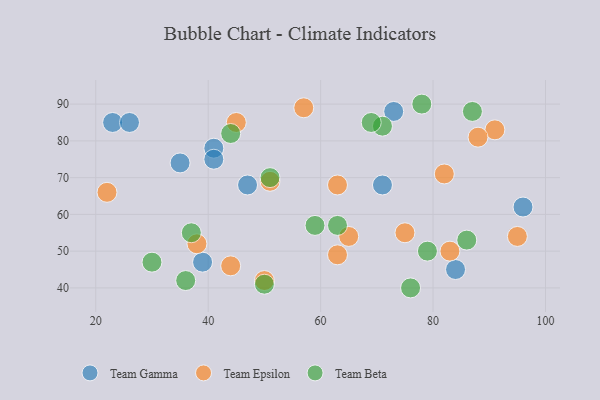
{"axis": {"x": "GDP", "y": "Life Expectancy"}, "legend": ["Team Beta", "Team Epsilon", "Team Gamma"], "data": [{"x": "47", "y": 68, "type": "Team Gamma"}, {"x": "41", "y": 78, "type": "Team Gamma"}, {"x": "71", "y": 68, "type": "Team Gamma"}, {"x": "39", "y": 47, "type": "Team Gamma"}, {"x": "35", "y": 74, "type": "Team Gamma"}, {"x": "84", "y": 45, "type": "Team Gamma"}, {"x": "73", "y": 88, "type": "Team Gamma"}, {"x": "96", "y": 62, "type": "Team Gamma"}, {"x": "23", "y": 85, "type": "Team Gamma"}, {"x": "26", "y": 85, "type": "Team Gamma"}, {"x": "41", "y": 75, "type": "Team Gamma"}, {"x": "38", "y": 52, "type": "Team Epsilon"}, {"x": "63", "y": 49, "type": "Team Epsilon"}, {"x": "75", "y": 55, "type": "Team Epsilon"}, {"x": "45", "y": 85, "type": "Team Epsilon"}, {"x": "91", "y": 83, "type": "Team Epsilon"}, {"x": "88", "y": 81, "type": "Team Epsilon"}, {"x": "44", "y": 46, "type": "Team Epsilon"}, {"x": "82", "y": 71, "type": "Team Epsilon"}, {"x": "95", "y": 54, "type": "Team Epsilon"}, {"x": "63", "y": 68, "type": "Team Epsilon"}, {"x": "50", "y": 42, "type": "Team Epsilon"}, {"x": "65", "y": 54, "type": "Team Epsilon"}, {"x": "22", "y": 66, "type": "Team Epsilon"}, {"x": "51", "y": 69, "type": "Team Epsilon"}, {"x": "57", "y": 89, "type": "Team Epsilon"}, {"x": "83", "y": 50, "type": "Team Epsilon"}, {"x": "51", "y": 70, "type": "Team Beta"}, {"x": "50", "y": 41, "type": "Team Beta"}, {"x": "30", "y": 47, "type": "Team Beta"}, {"x": "63", "y": 57, "type": "Team Beta"}, {"x": "86", "y": 53, "type": "Team Beta"}, {"x": "36", "y": 42, "type": "Team Beta"}, {"x": "71", "y": 84, "type": "Team Beta"}, {"x": "59", "y": 57, "type": "Team Beta"}, {"x": "78", "y": 90, "type": "Team Beta"}, {"x": "79", "y": 50, "type": "Team Beta"}, {"x": "76", "y": 40, "type": "Team Beta"}, {"x": "69", "y": 85, "type": "Team Beta"}, {"x": "37", "y": 55, "type": "Team Beta"}, {"x": "44", "y": 82, "type": "Team Beta"}, {"x": "87", "y": 88, "type": "Team Beta"}]}